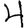
Digit: 4